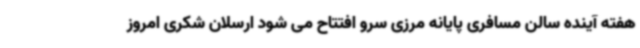
هفته آینده سالن مسافری پایانه مرزی سرو افتتاح می شود ارسلان شکری امروز